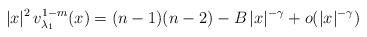
LaTeX: \begin{align*}|x|^2 \, v_{\lambda_1}^{1-m}(x)=(n-1)(n-2)-B \, |x|^{-\gamma}+o(|x|^{-\gamma})\end{align*}